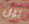
بين